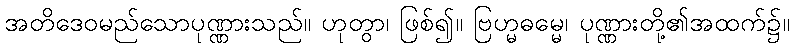
အတိဒေဝမည်သောပုဏ္ဏားသည်။ ဟုတွာ၊ ဖြစ်၍။ ဗြဟ္မဓမ္မေ၊ ပုဏ္ဏားတို့၏အထက်၌။